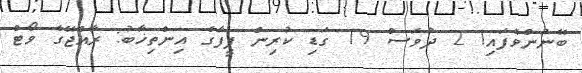
ބޭނުންވެފައި! 2 ދުވަސް 19 ގަޑި ކުރިން ފީފާގެ އިންތިޚާބު: ރާއްޖޭގެ ވޯޓް